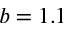
b = 1 . 1